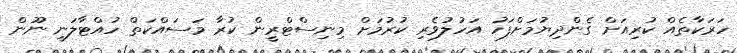
ހަރަކާތެއް ކުރިއަށް ގެންދިޔުމަށްފަހު އަހުލުވެރި ކުރުމަށް މިނިސްޓްރީން ކުރާ މަސައްކަތް ހުއްޓާލަނީ ނޫން